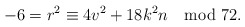
\begin{align*}-6 = r^2 \equiv 4v^2 +18k^2n\mod 72.\end{align*}